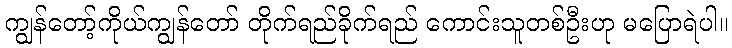
ကျွန်တော့်ကိုယ်ကျွန်တော် တိုက်ရည်ခိုက်ရည် ကောင်းသူတစ်ဦးဟု မပြောရဲပါ။